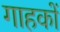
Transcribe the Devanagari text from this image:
गाहकों